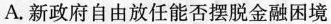
A.新政府自由放任能否摆脱金融困境